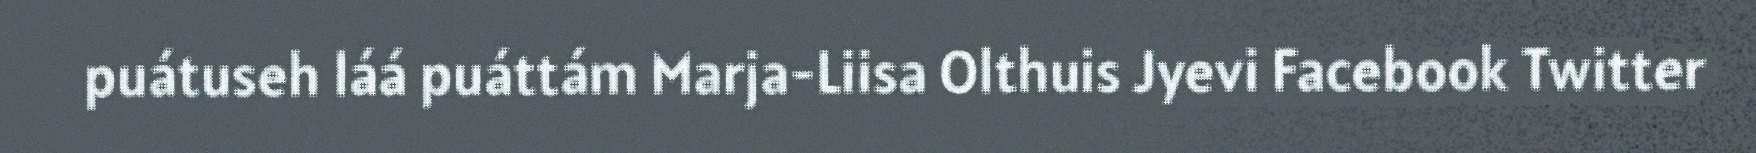
puátuseh láá puáttám Marja-Liisa Olthuis Jyevi Facebook Twitter